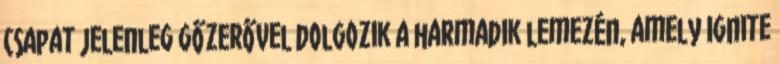
csapat jelenleg gőzerővel dolgozik a harmadik lemezén, amely Ignite